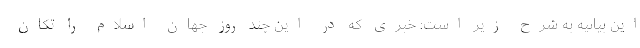
این بیانیه به شرح زیر است: خبری که در این چند روز جهان اسلام را تکان